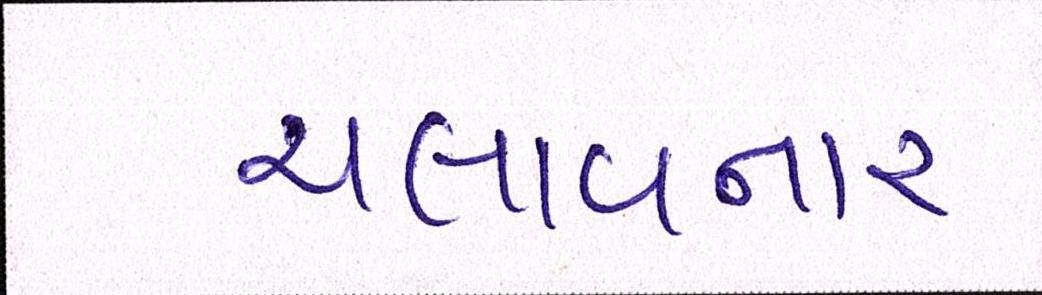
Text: ચલાવનાર